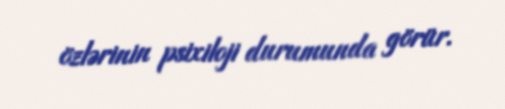
özlərinin psixiloji durumunda görür.